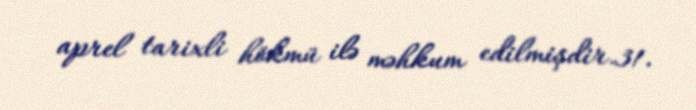
aprel tarixli hökmü ilə məhkum edilmişdir.31.